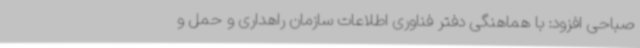
صباحی افزود: با هماهنگی دفتر فناوری اطلاعات سازمان راهداری و حمل و